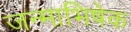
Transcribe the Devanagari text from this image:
जन्माभिषेक